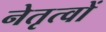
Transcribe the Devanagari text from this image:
नेतृत्वों